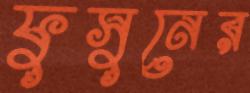
ফুসুনের